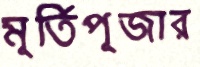
মূর্তিপূজার